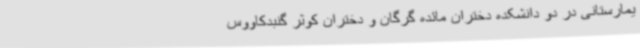
یمارستانی در دو دانشکده دختران مائده گرگان و دختران کوثر گنبدکاووس